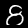
Digit: 8